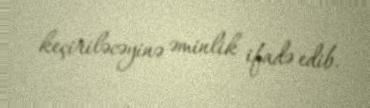
keçiriləcəyinə əminlik ifadə edib.